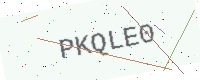
Text: PKQLE0